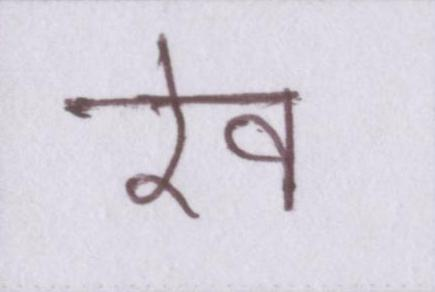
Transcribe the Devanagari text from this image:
रेव